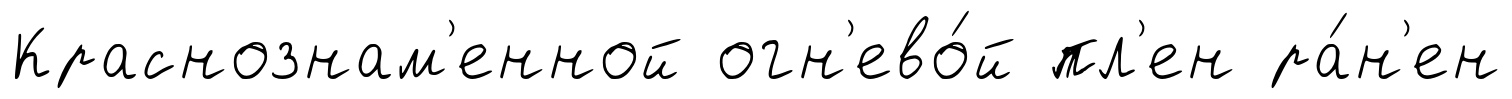
Краснознам'енной огн'ево́й пл'ен ра́н'ен